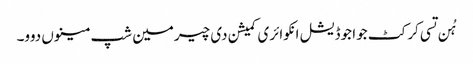
ہُن تسی کرکٹ جوا جوڈیشل انکوائری کمیشن دی چیرمین شپ مینوں دوو۔